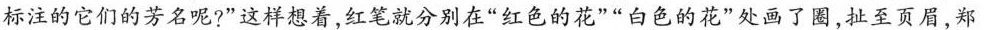
标注的它们的芳名呢?”这样想着，红笔就分别在”红色的花””白色的花”处画了圈，扯至页眉，郑